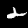
Digit: 2